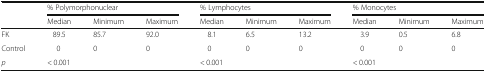
<table><thead><tr><td rowspan="2"></td><td colspan="3"><b>% Polymorphonuclear</b></td><td colspan="3"><b>% Lymphocytes</b></td><td colspan="3"><b>% Monocytes</b></td></tr><tr><td><b>Median</b></td><td><b>Minimum</b></td><td><b>Maximum</b></td><td><b>Median</b></td><td><b>Minimum</b></td><td><b>Maximum</b></td><td><b>Median</b></td><td><b>Minimum</b></td><td><b>Maximum</b></td></tr></thead><tbody><tr><td>FK</td><td>89.5</td><td>85.7</td><td>92.0</td><td>8.1</td><td>6.5</td><td>13.2</td><td>3.9</td><td>0.5</td><td>6.8</td></tr><tr><td>Control</td><td>0</td><td>0</td><td>0</td><td>0</td><td>0</td><td>0</td><td>0</td><td>0</td><td>0</td></tr><tr><td><i>p</i></td><td colspan="3">&lt; 0.001</td><td colspan="3">&lt; 0.001</td><td colspan="3">&lt; 0.001</td></tr></tbody></table>